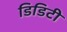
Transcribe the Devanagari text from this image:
डिडिटी